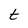
Character: t